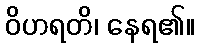
ဝိဟရတိ၊ နေရ၏။